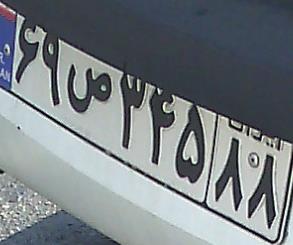
۶۹ص۳۴۵۸۸